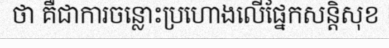
ថា គឺជាការចន្លោះប្រហោងលើផ្នែកសន្តិសុខ